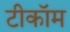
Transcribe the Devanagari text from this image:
टीकॉम